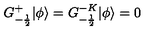
G _ { - \frac { 1 } { 2 } } ^ { + } | \phi \rangle = G _ { - \frac { 1 } { 2 } } ^ { - K } | \phi \rangle = 0